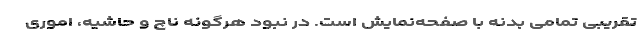
تقریبی تمامی بدنه با صفحه‌نمایش است. در نبود هرگونه ناچ و حاشیه، اموری